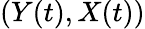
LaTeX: (Y(t),X(t))